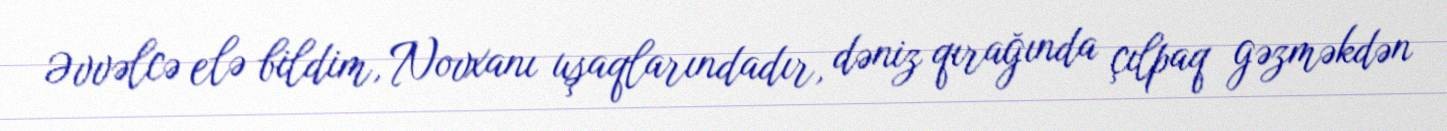
Əvvəlcə elə bildim, Novxanı uşaqlarındadır, dəniz qırağında çılpaq gəzməkdən